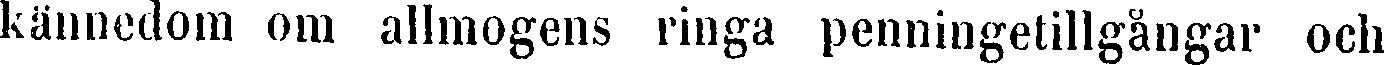
kännedom om allmogens ringa penningetillgångar och